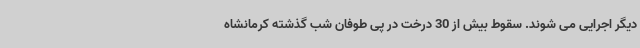
دیگر اجرایی می شوند. سقوط بیش از 30 درخت در پی طوفان شب گذشته کرمانشاه